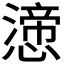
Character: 𭞸